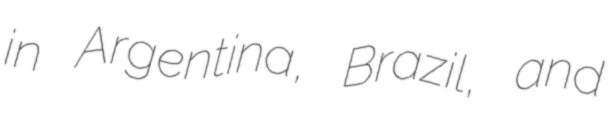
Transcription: in Argentina, Brazil, and